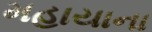
મહાયાના